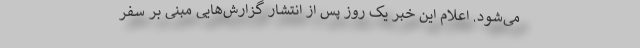
می‌شود. اعلام این خبر یک روز پس از انتشار گزارش‌هایی مبنی بر سفر